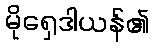
မိုရှေဒါယန်၏